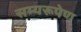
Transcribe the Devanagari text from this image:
सम्यरूपेण